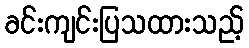
ခင်းကျင်းပြသထားသည့်